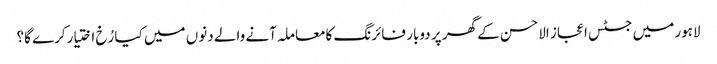
لاہور میں جسٹس اعجاز الاحسن کے گھر پر دوبار فائرنگ کامعاملہ آنے والے دنوں میں کیا رُخ اختیارکرے گا؟